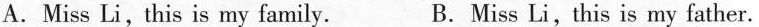
A.Miss Li,this is my family. B.Miss Li,this is my father.